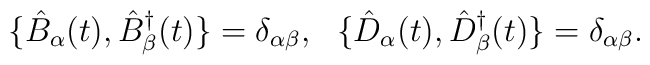
\{ \hat{B}_{\alpha}(t), \hat{B}^{\dagger}_{\beta}(t) \} =\delta_{\alpha \beta},~~ \{ \hat{D}_{\alpha}(t),\hat{D}^{\dagger}_{\beta}(t) \} = \delta_{\alpha \beta}.